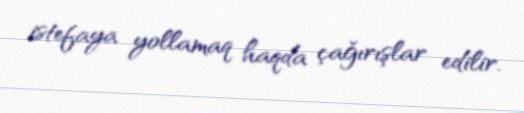
istefaya yollamaq haqda çağırışlar edilir.